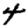
Digit: 4